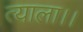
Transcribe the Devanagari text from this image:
त्याला।।